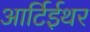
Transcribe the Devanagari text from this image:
आर्टिईथर